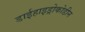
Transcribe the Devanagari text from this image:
डाईहाइड्रोकोडीन